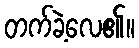
တက်ခဲ့လေ၏။